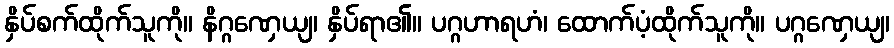
နှိပ်စက်ထိုက်သူကို။ နိဂ္ဂဏှေယျ၊ နှိပ်ရာ၏။ ပဂ္ဂဟာရဟံ၊ ထောက်ပံ့ထိုက်သူကို။ ပဂ္ဂဏှေယျ၊